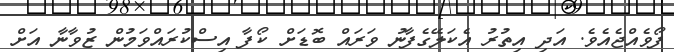
ފޯވެއްޖެއެވެ. އަދި އިތުރު އެކަލޭގެފާނު ވަރައް ބޮޑަށް ކޯފާ އިސްކުރައްވަމުން ޒުވާނާ އަށް